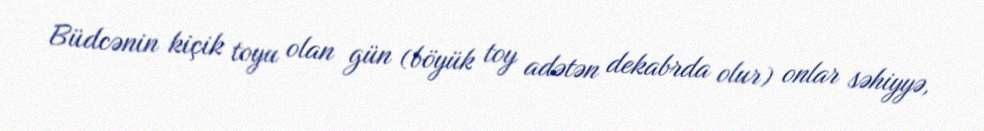
Büdcənin kiçik toyu olan gün (böyük toy adətən dekabrda olur) onlar səhiyyə,